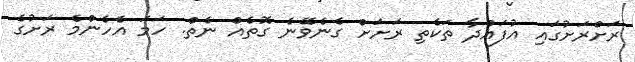
ރަށްރަށުގައި އުފައްދާ ތަކެތި ރަށަށް ގެނެވޭނެ ގޮތެއް ނެތް. ހަމަ އެހެންމެ ރަށުގެ